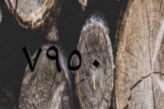
٧٩٥٠